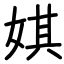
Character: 娸